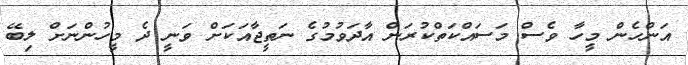
އަންހެން މީހާ ވެސް މަސައްކަތްކުރަން އާދަވުމުގެ ނަތީޖާއަކަށް ވަނީ ދެ މީހުންނަށް ލިބޭ